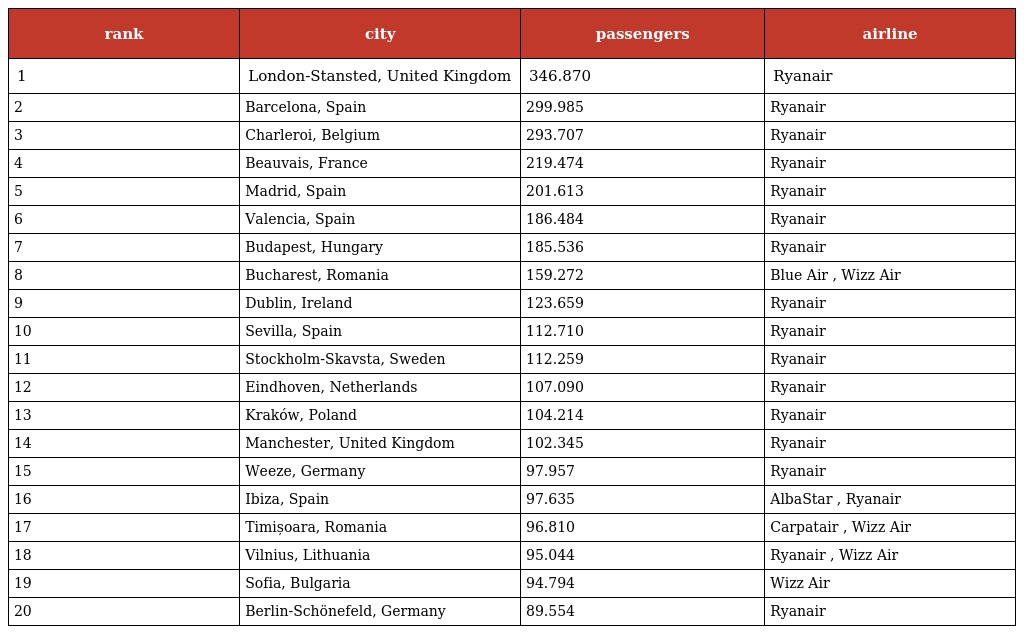
| rank | city | passengers | airline |
 | --- | --- | --- | --- |
 | 1 | London-Stansted, United Kingdom | 346.870 | Ryanair |
 | 2 | Barcelona, Spain | 299.985 | Ryanair |
 | 3 | Charleroi, Belgium | 293.707 | Ryanair |
 | 4 | Beauvais, France | 219.474 | Ryanair |
 | 5 | Madrid, Spain | 201.613 | Ryanair |
 | 6 | Valencia, Spain | 186.484 | Ryanair |
 | 7 | Budapest, Hungary | 185.536 | Ryanair |
 | 8 | Bucharest, Romania | 159.272 | Blue Air , Wizz Air |
 | 9 | Dublin, Ireland | 123.659 | Ryanair |
 | 10 | Sevilla, Spain | 112.710 | Ryanair |
 | 11 | Stockholm-Skavsta, Sweden | 112.259 | Ryanair |
 | 12 | Eindhoven, Netherlands | 107.090 | Ryanair |
 | 13 | Kraków, Poland | 104.214 | Ryanair |
 | 14 | Manchester, United Kingdom | 102.345 | Ryanair |
 | 15 | Weeze, Germany | 97.957 | Ryanair |
 | 16 | Ibiza, Spain | 97.635 | AlbaStar , Ryanair |
 | 17 | Timișoara, Romania | 96.810 | Carpatair , Wizz Air |
 | 18 | Vilnius, Lithuania | 95.044 | Ryanair , Wizz Air |
 | 19 | Sofia, Bulgaria | 94.794 | Wizz Air |
 | 20 | Berlin-Schönefeld, Germany | 89.554 | Ryanair |